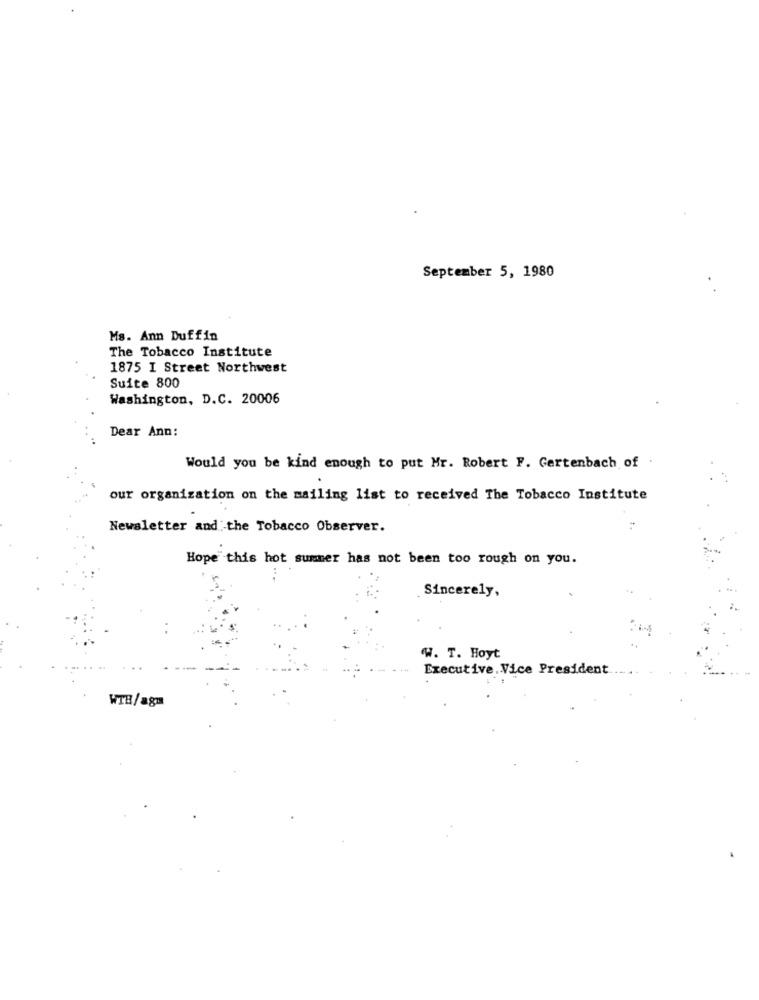
September 5, 1980
Ms. Ann Duffin
The Tobacco Institute
1875 I Street Northwest
Suite 800
Washington, D.C. 20006
Dear Ann:
Would you be kind enough to put Mr. Robert F. Gertenbach of
our organization on the mailing list to received The Tobacco Institute
Newsletter and the Tobacco Observer.
Hope" this hot summer has not been too rough on you.
Sincerely,
W. T. Hoyt
Executive Vice President
WTB/agn